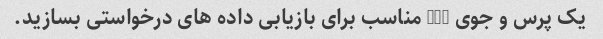
یک پرس و جوی SQL مناسب برای بازیابی داده های درخواستی بسازید.